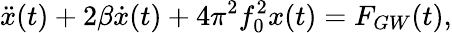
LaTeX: \ddot{x}(t)+2\beta\dot{x}(t)+4\pi^{2}f_{0}^{2}x(t)=F_{GW}(t),